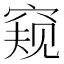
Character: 窥